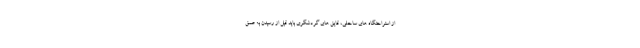
از استراحتگاه های ساحلی، قایق های گردشگری باید قبل از رسیدن به عمق